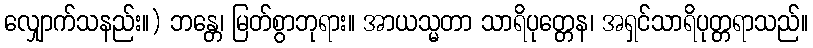
လျှောက်သနည်း။) ဘန္တေ၊ မြတ်စွာဘုရား။ အာယသ္မတာ သာရိပုတ္တေန၊ အရှင်သာရိပုတ္တရာသည်။